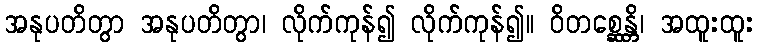
အနုပတိတွာ အနုပတိတွာ၊ လိုက်ကုန်၍ လိုက်ကုန်၍။ ဝိတစ္ဆေန္တိ၊ အထူးထူး